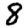
Digit: 8